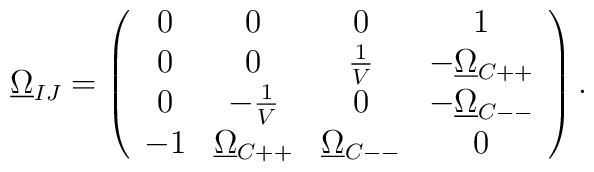
\underline{\Omega}_{IJ} =  \left(    \begin{array}{cccc}      0 & 0 & 0 & 1 \\      0 & 0 & \frac{1}{V} & -\underline{\Omega}_{C++} \\      0 & -\frac{1}{V} & 0 & -\underline{\Omega}_{C--} \\      -1 & \underline{\Omega}_{C++} & \underline{\Omega}_{C--} & 0 \\    \end{array}  \right).